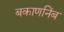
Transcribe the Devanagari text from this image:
बकाणनिंब